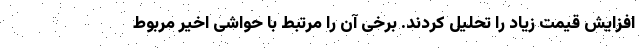
افزایش قیمت زیاد را تحلیل کردند. برخی آن را مرتبط با حواشی اخیر مربوط